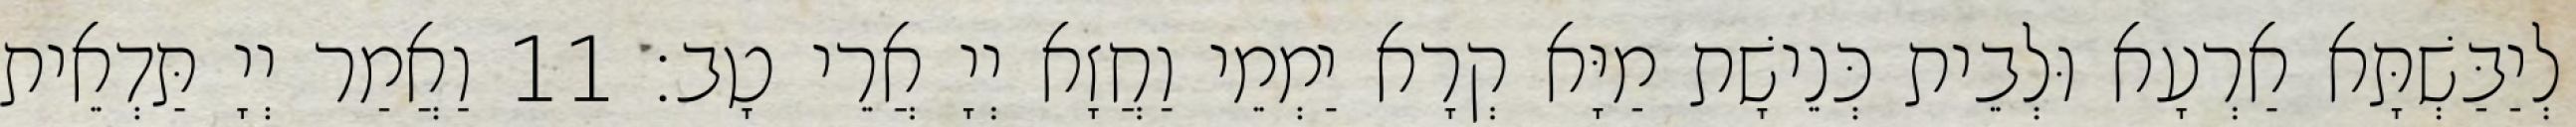
לְיַבַּשְׁתָּא אַרְעָא וּלְבֵית כְּנֵישָׁת מַיָּא קְרָא יַמְמֵי וַחֲזָא יְיָ אֲרֵי טָב׃ 11 וַאֲמַר יְיָ תַּדְאֵית